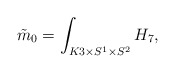
\begin{align*}\tilde m_0=\int_{K3\times S^1\times S^2} H_7,\end{align*}